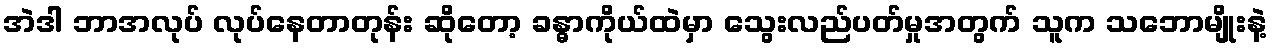
အဲဒါ ဘာအလုပ် လုပ်နေတာတုန်း ဆိုတော့ ခန္ဓာကိုယ်ထဲမှာ သွေးလည်ပတ်မှုအတွက် သူက သဘောမျိုးနဲ့